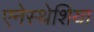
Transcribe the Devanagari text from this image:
एनेस्थेशिया